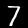
Label: 7